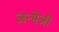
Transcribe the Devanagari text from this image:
जन्मेजी